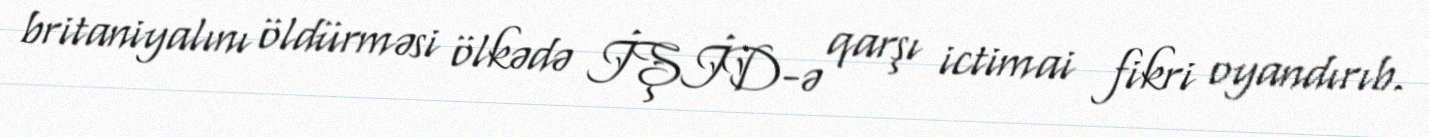
britaniyalını öldürməsi ölkədə İŞİD-ə qarşı ictimai fikri oyandırıb.